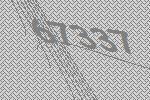
67337